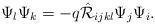
LaTeX: \begin{align*}\Psi_{l}\Psi_{k}=- q \hat{{\cal R}}_{ijkl}\Psi_{j}\Psi_{i}. \end{align*}